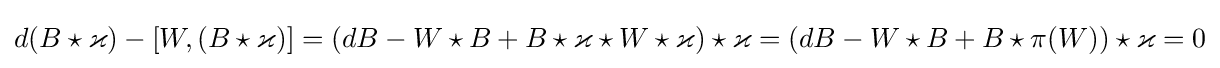
d(B\star \varkappa )-[W,(B\star \varkappa )]=(dB-W\star B+B\star \varkappa \star W\star \varkappa )\star \varkappa =(dB-W\star B+B\star \pi (W))\star \varkappa =0